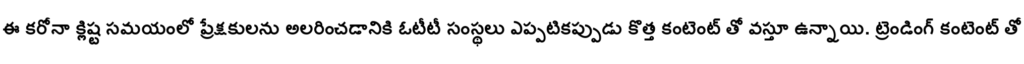
ఈ కరోనా క్లిష్ట సమయంలో ప్రేక్షకులను అలరించడానికి ఓటీటీ సంస్థలు ఎప్పటికప్పుడు కొత్త కంటెంట్ తో వస్తూ ఉన్నాయి. ట్రెండింగ్ కంటెంట్ తో